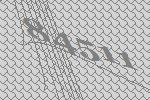
84511